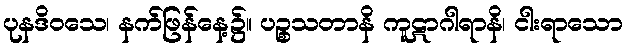
ပုနဒိဝသေ၊ နက်ဖြန်နေ့၌။ ပဉ္စသတာနိ ကူဋာဂါရာနိ၊ ငါးရာသော